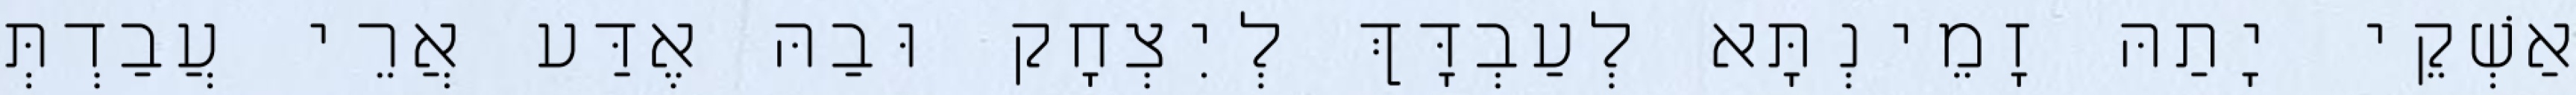
אַשְׁקֵי יָתַהּ זָמֵינְתָּא לְעַבְדָּךְ לְיִצְחָק וּבַהּ אֶדַּע אֲרֵי עֲבַדְתְּ